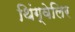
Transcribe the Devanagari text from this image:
थिंग्वेलिर